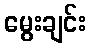
မွေးချင်း